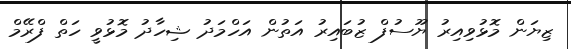
ޒިޔަން މޮޅުވިއިރު ޔޫސުފް ޒުބައިރު އަތުން އަހްމަދު ޝިހާދު މޮޅުވީ ހަތް ފްރޭމް